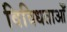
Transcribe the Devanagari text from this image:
विविधताओँ